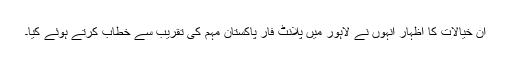
ان خیالات کا اظہار انہوں نے لاہور میں پلانٹ فار پاکستان مہم کی تقریب سے خطاب کرتے ہوئے کیا۔